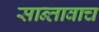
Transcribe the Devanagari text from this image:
सान्तावाच